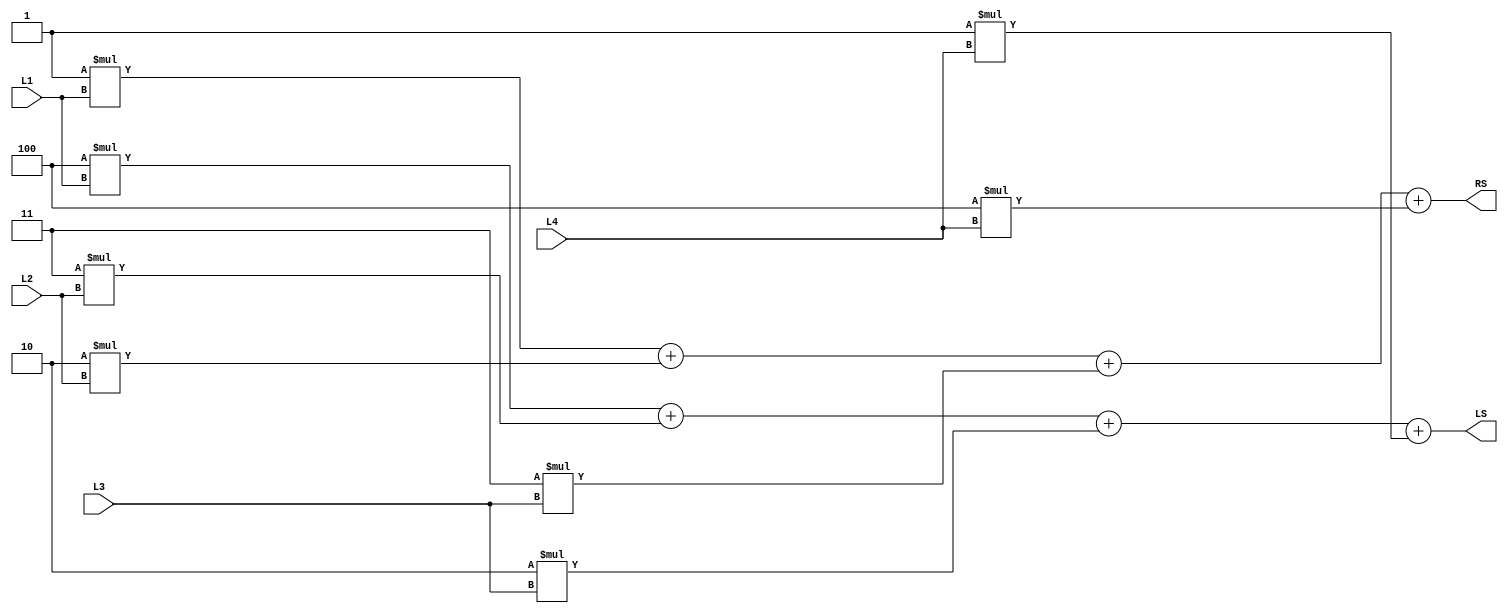
module score
(input [2:0] L1, input [2:0] L2, input [2:0] L3, input [2:0] L4,
output reg [5:0] RS, output reg [5:0] LS);

	always @ (*) begin

		RS <= 1*L1 + 2*L2 + 3*L3 + 4*L4 ;
		LS <= 4*L1 + 3*L2 + 2*L3 + 1*L4 ;
		
	end
endmodule